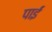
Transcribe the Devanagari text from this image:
पाईंं